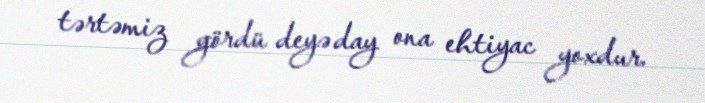
tərtəmiz gördü deyə day ona ehtiyac yoxdur.